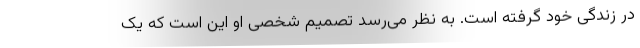
در زندگی خود گرفته است. به نظر می‌رسد تصمیم شخصی او این است که یک